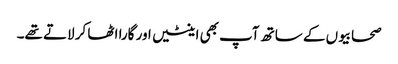
صحابیوں کے ساتھ آپ بھی اینٹیں اور گارا اٹھا کر لاتے تھے۔